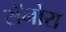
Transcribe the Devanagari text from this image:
सॅनोरा